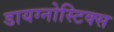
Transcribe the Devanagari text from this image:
डायग्‍नोस्टिक्‍स